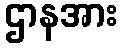
ဌာနအား